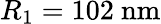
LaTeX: R_{1}=102\ \mathrm{nm}